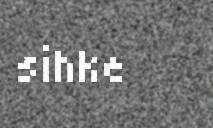
sihke